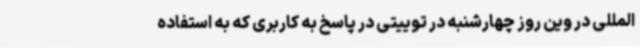
‌المللی در وین روز چهارشنبه در توییتی در پاسخ به کاربری که به استفاده